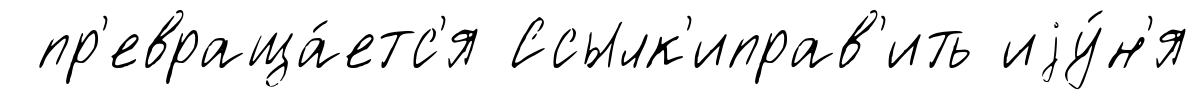
пр'евраща́етс'я Ссылк'иправ'ить иjу́н'я